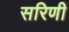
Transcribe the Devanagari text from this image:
सरिणी